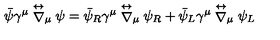
{ \bar { \psi } } \gamma ^ { \mu } \stackrel { \leftrightarrow } { \nabla } _ { \mu } \psi = { \bar { \psi } _ { R } } \gamma ^ { \mu } \stackrel { \leftrightarrow } { \nabla } _ { \mu } \psi _ { R } + { \bar { \psi } _ { L } } \gamma ^ { \mu } \stackrel { \leftrightarrow } { \nabla } _ { \mu } \psi _ { L }